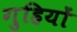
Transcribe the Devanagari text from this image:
गुहियों